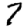
Digit: 7